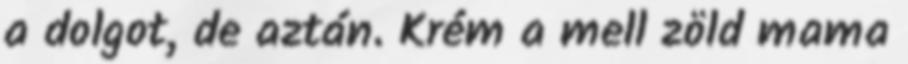
a dolgot, de aztán. Krém a mell zöld mama